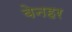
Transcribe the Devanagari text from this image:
बेनहर